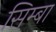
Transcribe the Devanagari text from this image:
सिम्बा